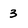
Character: 3